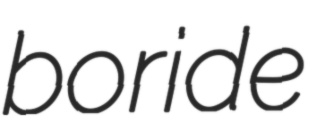
boride